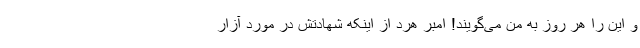
و این را هر روز به من می‌گویند! امبر هرد از اینکه شهادتش در مورد آزار